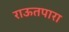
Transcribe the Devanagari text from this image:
राऊतपारा